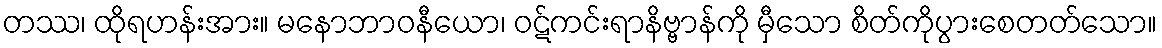
တဿ၊ ထိုရဟန်းအား။ မနောဘာဝနီယော၊ ဝဋ်ကင်းရာနိဗ္ဗာန်ကို မှီသော စိတ်ကိုပွားစေတတ်သော။